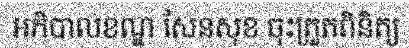
អភិបាលខណ្ឌ សែនសុខ ចុះត្រួតពិនិត្យ